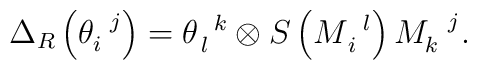
\Delta _{R}\left( \theta _{i}^{\,\,\,\,j}\right) =\theta_{\,l}^{\,\,\,\,k}\otimes S\left( M_{\,i}^{\,\,\,\,l}\right)M_{k}^{\,\,\,\,\,j}.